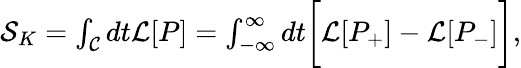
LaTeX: \begin{array}{r}{{\cal S}_{K}=\int_{{\cal C}}dt{\cal L}[P]=\int_{-\infty}^{\infty}dt\biggl[{\cal L}[P_{+}]-{\cal L}[P_{-}]\biggr],}\end{array}